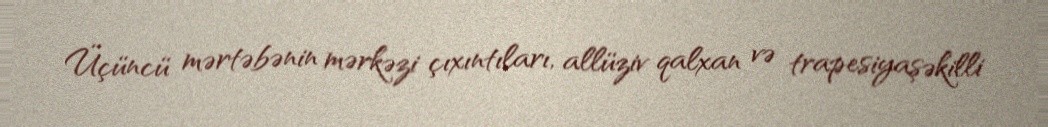
Üçüncü mərtəbənin mərkəzi çıxıntıları, allüziv qalxan və trapesiyaşəkilli